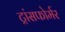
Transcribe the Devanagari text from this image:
ट्रांसफोर्मर